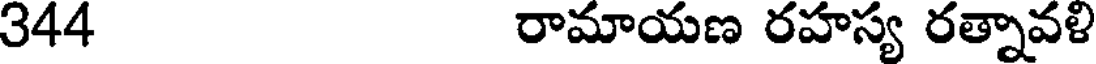
344 రామాయణ రహస్య రత్నావళి